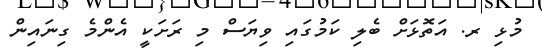
މުޅި ރ. އަތޮޅަށް ބެލި ކަމުގައި ވިޔަސް މި ރަށަކީ އެންމެ ގިނައިން